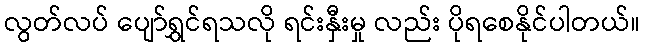
လွတ်လပ် ပျော်ရွှင်ရသလို ရင်းနှီးမှု လည်း ပိုရစေနိုင်ပါတယ်။